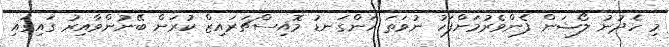
މި ހެދުނު ލޯޝަން ފެންވެރުމަށްފަހު ނުވަތަ ހަންގަނޑު މޮއިސްޗަރައިޒް ކުރަން ބޭނުންވާއިރު ގައިގައި